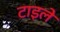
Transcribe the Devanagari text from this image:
टाइले